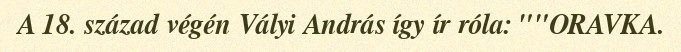
A 18. század végén Vályi András így ír róla: ""ORAVKA.